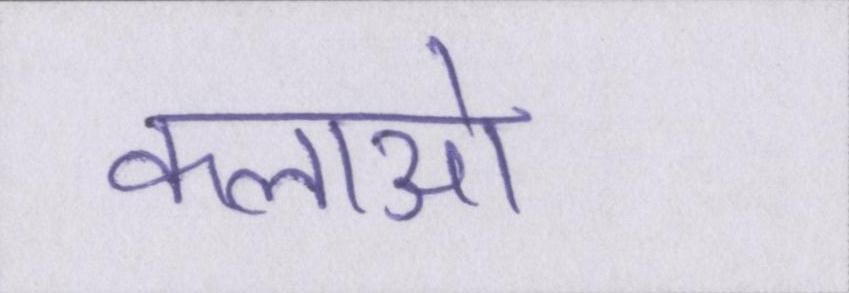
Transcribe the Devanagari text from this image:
कलाओ